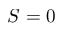
S = 0